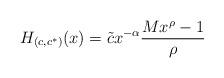
LaTeX: \begin{align*}H_{(c,c^*)}(x) = \tilde{c}x^{-\alpha}\frac{Mx^\rho-1}{\rho}\end{align*}